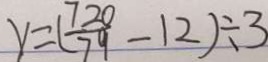
y = ( \frac { 7 2 0 } { 7 9 } - 1 2 ) \div 3